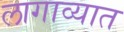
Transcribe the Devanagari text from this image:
लागाव्यात